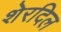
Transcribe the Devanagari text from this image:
शेरदिल